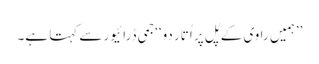
’’ہمیں راوی کے پُل پر اُتار دو‘‘جمی ڈرائیور سے کہتا ہے۔